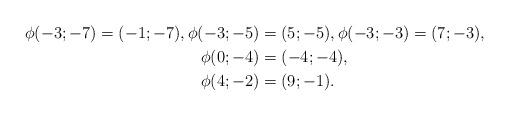
LaTeX: \begin{align*}\phi(-3;-7)=(-1;-7),\phi(-3;-5)&=(5;-5),\phi(-3;-3)=(7;-3), \\\phi(0;-4) &= (-4;-4),\\\phi(4;-2) &= (9;-1) .\end{align*}